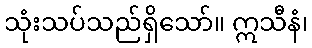
သုံးသပ်သည်ရှိသော်။ ဣသီနံ၊